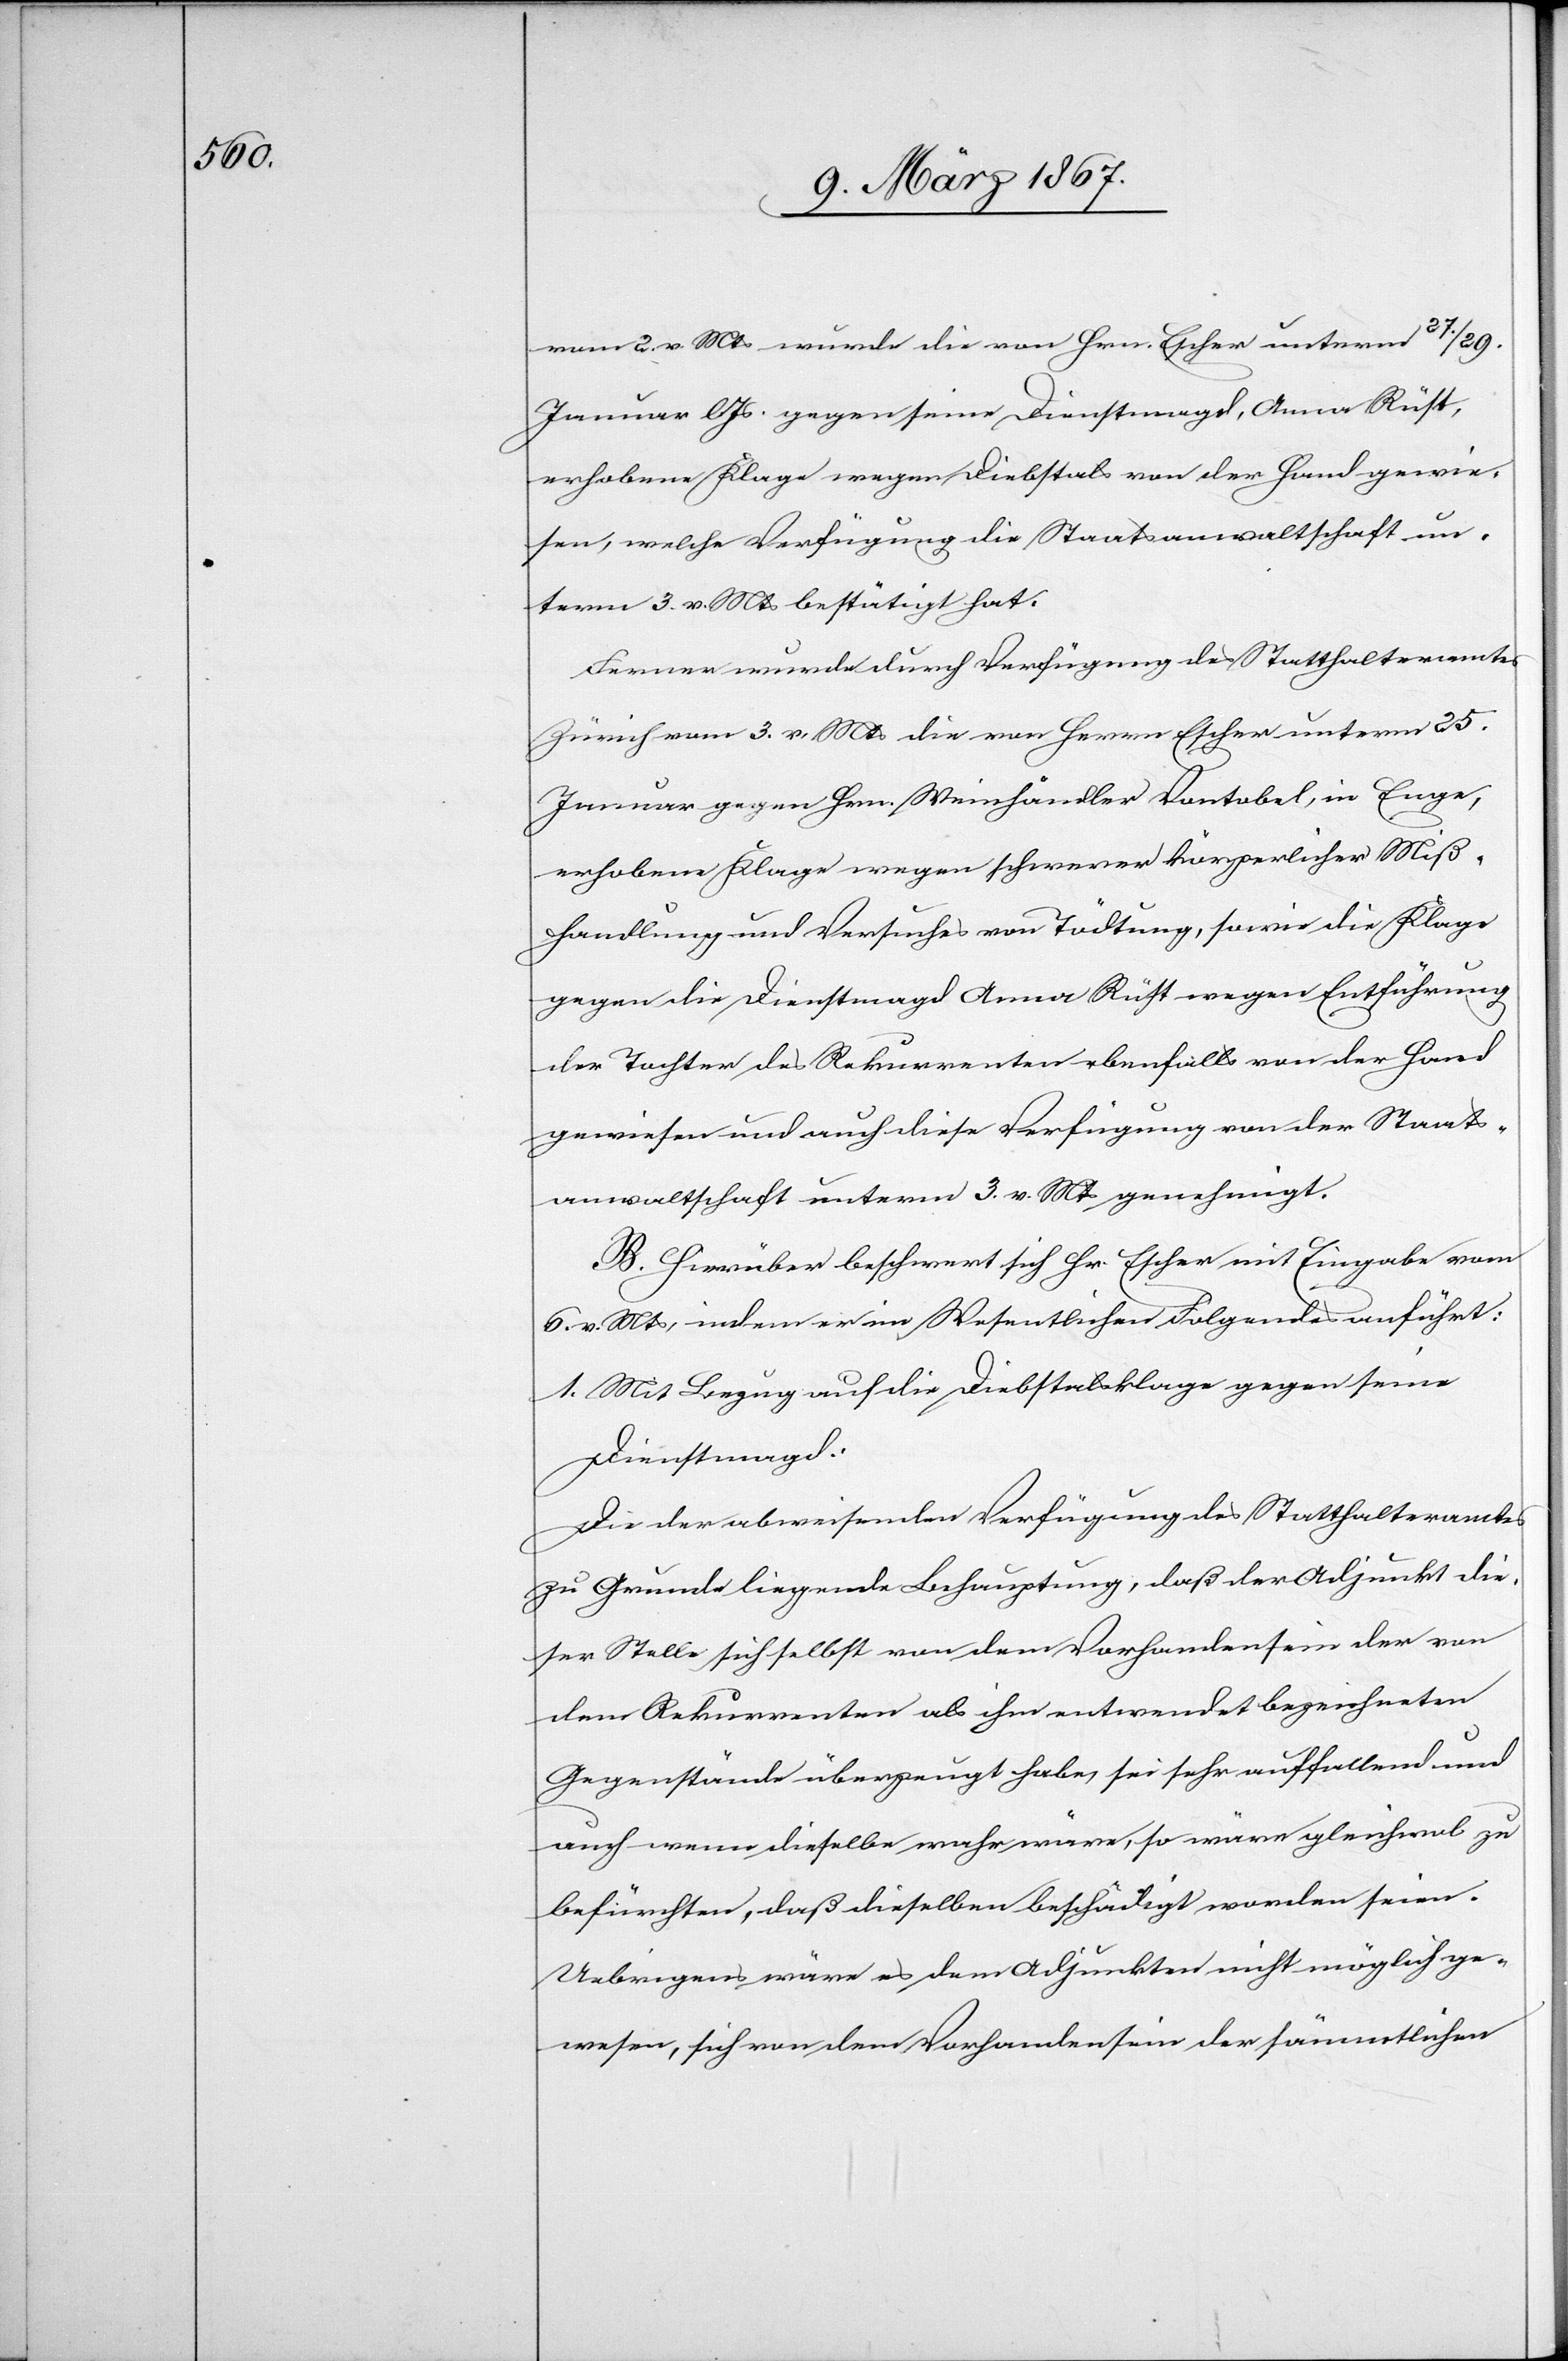
vom 2. v. Mts wurde die von Hrn. Escher unterm 27.
Januar l. Js. gegen seine Dienstmagd, Anna Rüst,
erhobene Klage wegen Diebstals von der Hand gewie¬
sen, welche Verfügung die Staatsanwaltschaft un¬
term 3. v. Mts bestätigt hat.
Ferner wurde durch Verfügung des Statthalteramtes
Zürich vom 3. v. Mts die von Herrn Escher unterm 25.
Januar gegen Hrn. Weinhändler Vontobel, in Enge,
erhobene Klage wegen schwerer körperlicher Miß¬
handlung und Versuches von Tödtung, sowie die Klage
gegen die Dienstmagd Anna Rüst wegen Entführung
der Tochter des Rekurrenten ebenfalls von der Hand
gewiesen und auch diese Verfügung von der Staats¬
anwaltschaft unterm 3. v. Mts genehmigt.
B. Hierüber beschwert sich Hr. Escher mit Eingabe vom
6. v. Mts, indem er im Wesentlichen Folgendes anführt:
1. Mit Bezug auf die Diebstalsklage gegen seine
Dienstmagd:
Die der abweisenden Verfügung des Statthalteramtes
zu Grunde liegende Behauptung, daß der Adjunkt die¬
ser Stelle sich selbst von dem Vorhandensein der von
dem Rekurrenten als ihm entwendet bezeichneten
Gegenstände überzeugt habe, sei sehr auffallend und
auch wenn dieselbe mehr wäre, so wäre gleichwol zu
befürchten, daß dieselben beschädigt worden seien.
Uebrigens wäre es dem Adjunkten nicht möglich ge¬
wesen, sich von dem Vorhandensein der sämmtlichen